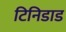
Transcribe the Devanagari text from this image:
टिनिडाड